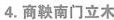
4.商鞅南门立木